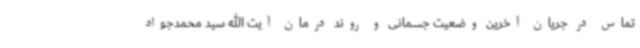
تماس در جریان آخرین وضعیت جسمانی و روند درمان آیت الله سید محمدجواد